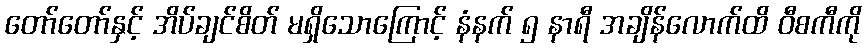
တော်တော်နှင့် အိပ်ချင်စိတ် မရှိသောကြောင့် နံနက် ၅ နာရီ အချိန်လောက်ထိ ဝီစကီကို